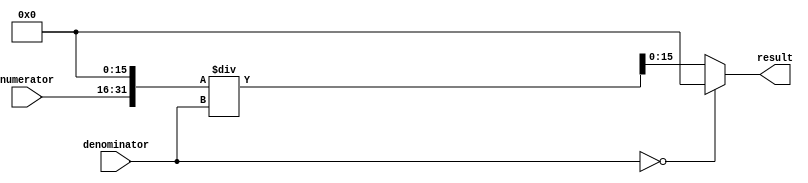
module fixed_point_divider (
    input wire signed [15:0] numerator,
    input wire signed [15:0] denominator,
    output wire signed [15:0] result
);

reg signed [31:0] dividend;
reg signed [15:0] quotient;

always @(*) begin
    dividend = numerator << 16;
    quotient = denominator;

    if (denominator == 0) begin
        result = 0;
    end else begin
        result = dividend / quotient;
    end
end

endmodule